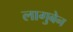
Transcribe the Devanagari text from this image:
लागुबेन